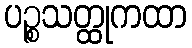
ပဉ္စသတ္ထုကထာ